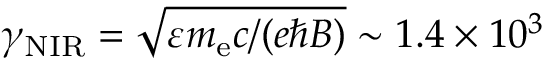
\gamma _ { \mathrm { N I R } } = \sqrt { \varepsilon m _ { \mathrm { e } } c / ( e \hbar B ) } \sim 1 . 4 \times 1 0 ^ { 3 }